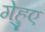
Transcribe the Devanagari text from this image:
गेहुए